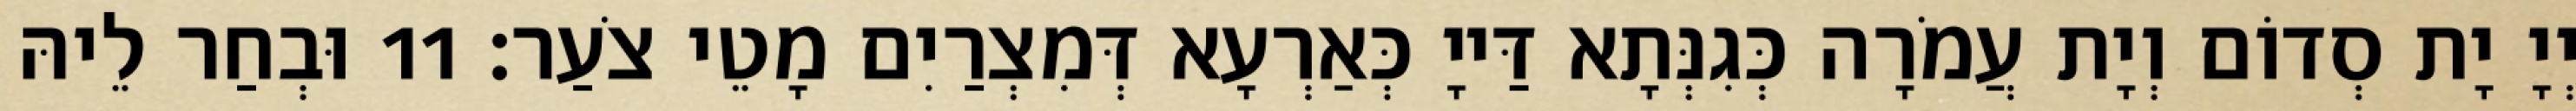
יְיָ יָת סְדוֹם וְיָת עֲמֹרָה כְּגִנְּתָא דַּייָ כְּאַרְעָא דְּמִצְרַיִם מָטֵי צֹעַר׃ 11 וּבְחַר לֵיהּ